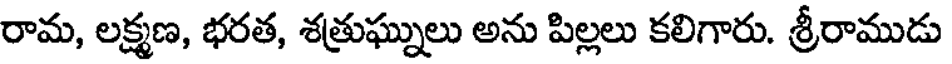
రామ, లక్ష్మణ, భరత, శత్రుఘ్నులు అను పిల్లలు కలిగారు. శ్రీరాముడు